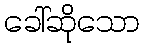
ခေါ်ဆိုသော